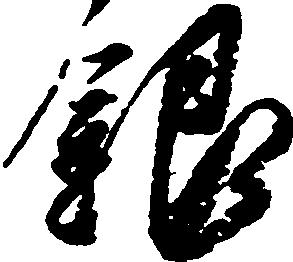
銀